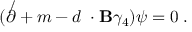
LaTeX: ( \not \partial + m - d { \bf \gamma } \cdot { \bf B } \gamma _ { 4 } ) \psi = 0 \; .